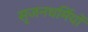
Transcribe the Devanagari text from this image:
सृजनधर्मियों